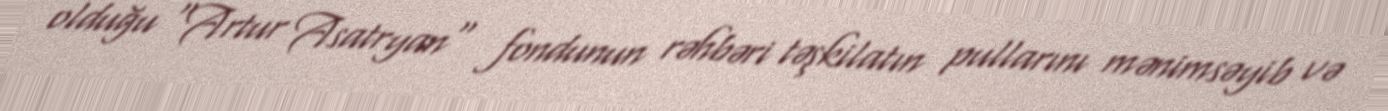
olduğu "Artur Asatryan" fondunun rəhbəri təşkilatın pullarını mənimsəyib və